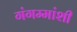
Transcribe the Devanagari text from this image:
गंगम्मांशी